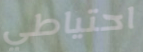
احتياطي